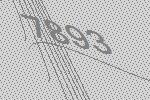
7893